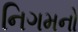
નિગમનો